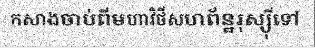
កសាងចាប់ពីមហាវិថីសហព័ន្ឋរុស្ស៊ីទៅ